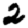
Digit: 2